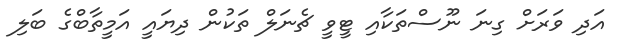
އަދި ވަރަށް ގިނަ ނޫސްތަކާއި ޓީވީ ޗެނަލް ތަކުން ދިޔައީ އަމީތާބްގެ ބަލި